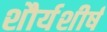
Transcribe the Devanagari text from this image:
शौर्यशीर्ष